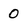
Character: 0